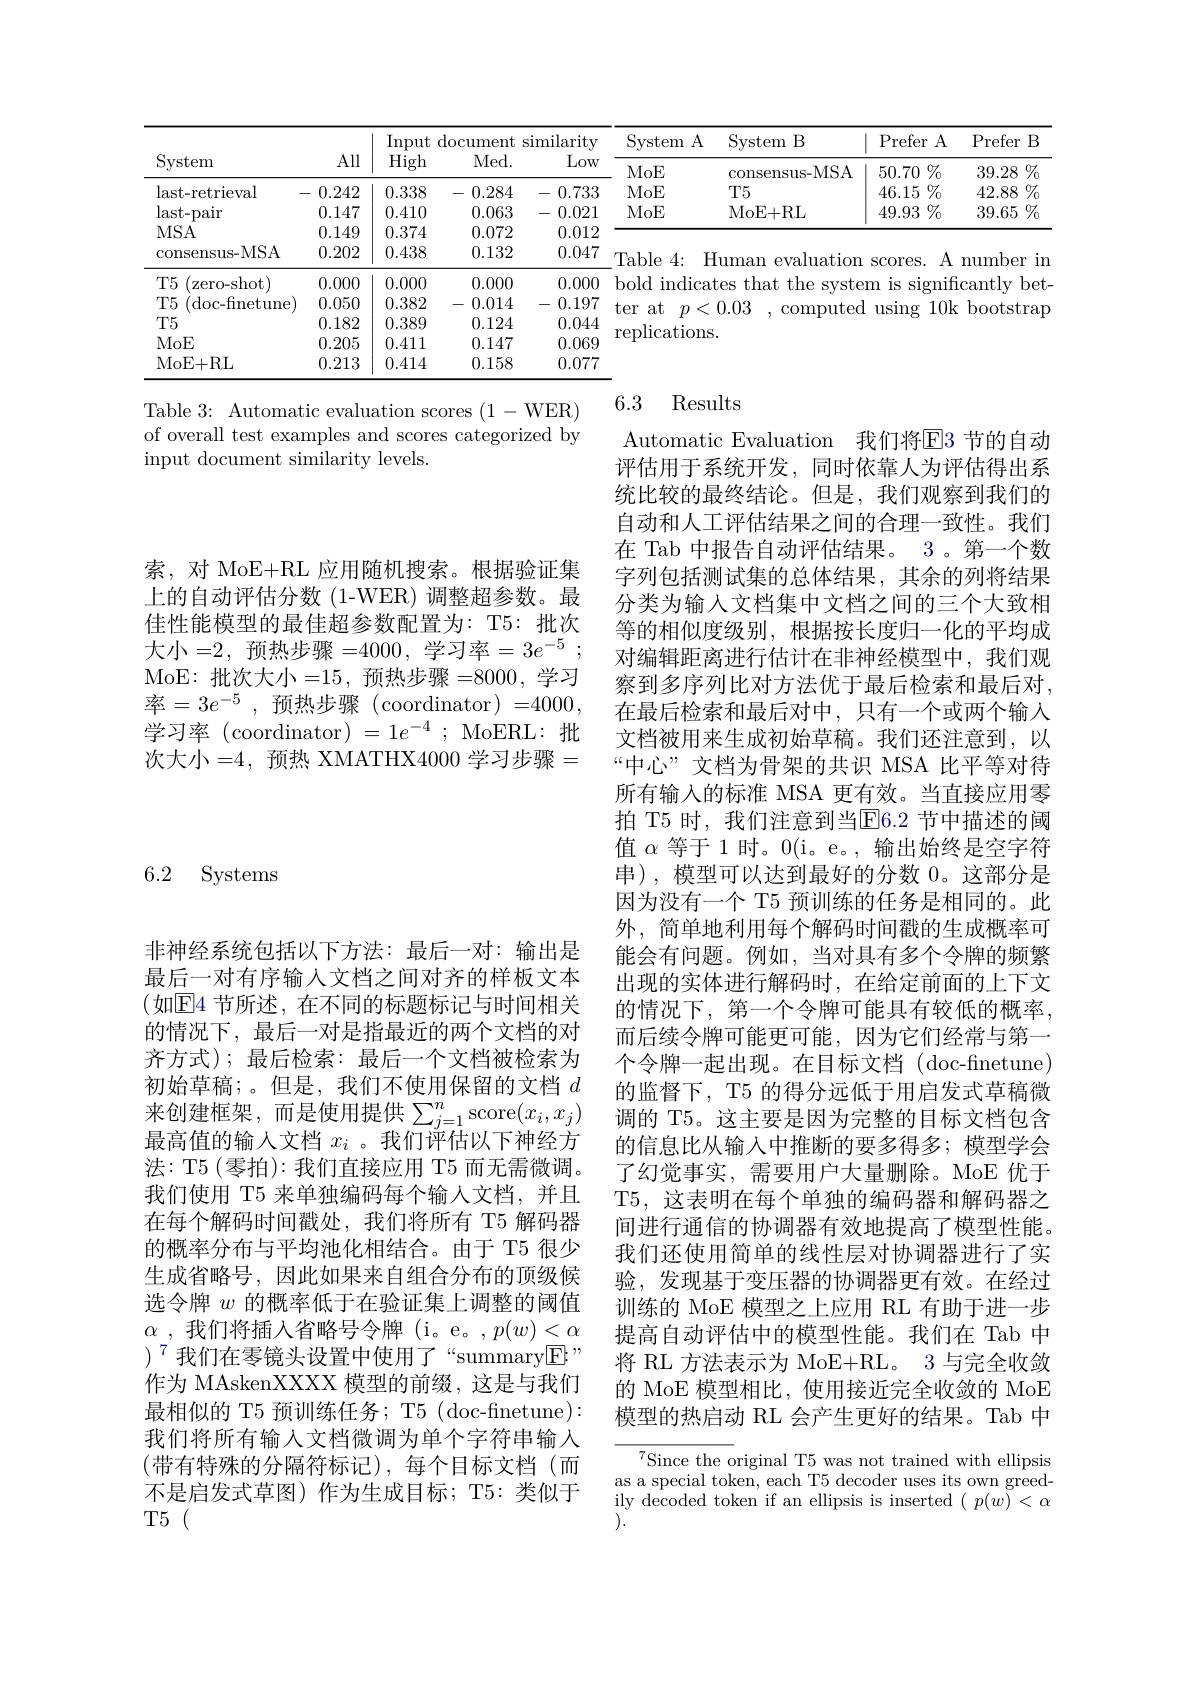
<table>
	<tbody>
		<tr>
			<th rowspan="2">System</th>
			<th rowspan="2">All</th>
			<th colspan="3">Input t document similarity</th>
			<th rowspan="2">System $A$ MoF</th>
			<th rowspan="2">System B s- MSA</th>
			<th>Prefer</th>
			<th rowspan="2">efer $A$</th>
			<th rowspan="2">Prefer $B$ 39.28</th>
		</tr>
		<tr>
			<th>High</th>
			<th>Med. </th>
			<th>Low</th>
			<th></th>
		</tr>
		<tr>
			<td>last- retrieval</td>
			<td>0.242</td>
			<td>0.338</td>
			<td>0.284 一 </td>
			<td>- - 0.733 1</td>
			<td>MoE</td>
			<td>$T5$</td>
			<td>46.15</td>
			<td>15 $\%$</td>
			<td>$\%$ 42.88 1</td>
		</tr>
		<tr>
			<td>last- pair</td>
			<td>0.147</td>
			<td>0.410</td>
			<td>0.063</td>
			<td>0.021 一 $\frac{1}{2}$ 1</td>
			<td>MoE</td>
			<td>MoE+ RL</td>
			<td>49.93</td>
			<td>$\%$ 93</td>
			<td>$39.65\%$</td>
		</tr>
		<tr>
			<td>MSA</td>
			<td>0.149</td>
			<td>0.374</td>
			<td>0.072</td>
			<td>0.012</td>
			<td> </td>
			<td> </td>
			<td> </td>
			<td> </td>
			<td> </td>
		</tr>
		<tr>
			<td>consensus-MSA</td>
			<td>0.202</td>
			<td>0.438</td>
			<td>0.132</td>
			<td>0.047</td>
			<td>Table F. 1</td>
			<td>evaluation uman</td>
			<td>SCOres</td>
			<td>$A$ $eS.$</td>
			<td>number $\lim$</td>
		</tr>
		<tr>
			<td>$T5$ zero- shot</td>
			<td>0.000</td>
			<td>0.000</td>
			<td>0.000</td>
			<td>0.000</td>
			<td colspan="5">hold bet</td>
		</tr>
		<tr>
			<td>$T5$ $(\operatorname{doc-finetune}$</td>
			<td>0.050</td>
			<td>0.382</td>
			<td>-1 0.014</td>
			<td>一 0.197 - .1</td>
			<td>$t\rho r$ n</td>
			<td>0.03</td>
			<td>1 1 11 10</td>
			<td>0</td>
			<td>stetro 、·· H Y</td>
		</tr>
		<tr>
			<td>$T5$</td>
			<td>0.182</td>
			<td>0.389</td>
			<td>0.124</td>
			<td>0.044</td>
			<td> </td>
			<td>$^{\boldsymbol{\Lambda}}\boldsymbol{\Gamma}$</td>
			<td>MA $^{.1}b$</td>
			<td>6 $\cdot V\boldsymbol{L}$</td>
			<td>1 4 $VWWVL$ ${\mathbf{w}}$</td>
		</tr>
		<tr>
			<td>MoE</td>
			<td>0.205</td>
			<td>0.411</td>
			<td>0.147</td>
			<td>0.069</td>
			<td></td>
			<td> </td>
			<td> </td>
			<td> </td>
			<td> </td>
		</tr>
		<tr>
			<td>MoE+ RL</td>
			<td>0.213</td>
			<td>0.414</td>
			<td>0.158</td>
			<td>0.077</td>
			<td> </td>
			<td> </td>
			<td> </td>
			<td> </td>
			<td> </td>
		</tr>
	</tbody>
</table>

### 6.3 Results

Table 3: Automatic evaluation scores (1-WER) of overall test examples and scores categorized by input document similarity levels.

索，对 MoE+RL 应用随机搜索。根据验证集上的自动评估分数(1-WER)调整超参数。最佳性能模型的最佳超参数配置为：T5:批次大小=2,预热步骤=4000,学习率$=3e^-5$ MoE: 批 次 大 小 = 15, 预热步骤=8000,学习率$= 3e^- 5$ ,预热步骤(coordinator)=4000, 学习率(coordinator$)=1e^-4;$ MoERL:批次大小=4, 预热 XMATHX4000 学习步骤=

6.2 Systems

Automatic Evaluation 我们将$\overline{\mathrm{E}}$3 节的自动评估用于系统开发，同时依靠人为评估得出系统比较的最终结论。但是，我们观察到我们的自动和人工评估结果之间的合理一致性。我们在 Tab 中报告自动评估结果。3。第一个数字列包括测试集的总体结果，其余的列将结果分类为输入文档集中文档之间的三个大致相等的相似度级别，根据按长度归一化的平均成对编辑距离进行估计在非神经模型中，我们观察到多序列比对方法优于最后检索和最后对， 在最后检索和最后对中，只有一个或两个输入文档被用来生成初始草稿。我们还注意到，以“中心”文档为骨架的共识 MSA 比平等对待所有输入的标准 MSA 更有效。当直接应用零拍 T5 时，我们注意到当$\overline{\mathrm{E}}$6.2 节中描述的阈值$\alpha$等于 1 时。0(i。e。, 输出始终是空字符串),模型可以达到最好的分数 0。这部分是因为没有一个 T5 预训练的任务是相同的。此外，简单地利用每个解码时间戳的生成概率可能会有问题。例如，当对具有多个令牌的频繁出现的实体进行解码时，在给定前面的上下文的情况下，第一个令牌可能具有较低的概率， 而后续令牌可能更可能，因为它们经常与第一个令牌一起出现。在目标文档(doc-finetune) 的监督下，T5 的得分远低于用启发式草稿微调的 T5。这主要是因为完整的目标文档包含的信息比从输入中推断的要多得多；模型学会了幻觉事实，需要用户大量删除。MoE 优于T5, 这表明在每个单独的编码器和解码器之间进行通信的协调器有效地提高了模型性能。我们还使用简单的线性层对协调器进行了实验，发现基于变压器的协调器更有效。在经过训练的 MoE 模型之上应用 RL 有助于进一步提高自动评估中的模型性能。我们在 Tab 中将 RL 方法表示为 MoE+RL。3 与完全收敛的 MoE 模型相比，使用接近完全收敛的 MoE 模型的热启动 RL 会产生更好的结果。Tab 中
${^{7}\text{Since the original T5 was not trained with ellipsis}}$

非神经系统包括以下方法：最后一对：输出是最后一对有序输入文档之间对齐的样板文本$(如因4$节所述，在不同的标题标记与时间相关的情况下，最后一对是指最近的两个文档的对齐方式);最后检索：最后一个文档被检索为初始草稿；。但是，我们不使用保留的文档$d$ 来创建框架，而是使用提供$\sum_j=1^n\operatorname{score}(x_i,x_j)$ 最高值的输入文档$x_i$ 。我们评估以下神经方法：T5 ( 零拍): 我们直接应用 T5 而无需微调。我们使用 T5 来单独编码每个输入文档，并且在每个解码时间戳处，我们将所有 T5 解码器的概率分布与平均池化相结合。由于 T5 很少生成省略号，因此如果来自组合分布的顶级候选令牌$w$的概率低于在验证集上调整的阈值$\alpha$ , 我们将插入省略号令牌 (i。e。$,p(w)<\alpha$ )$^{7}$我们在零镜头设置中使用了“summary$\boxed{\mathrm{E}}”$ 作为 MAskenXXXX 模型的前缀，这是与我们最相似的 T5 预训练任务；T5 (doc-finetune): 我们将所有输入文档微调为单个字符串输入(带有特殊的分隔符标记),每个目标文档(而不是启发式草图)作为生成目标；T5:类似于T5 (

as a special token, each T5 decoder uses its own greed- ${\mathrm{ily~decoded~token~if~an~ellipsis~is~inserted~}}(p(w)<\alpha$ ).